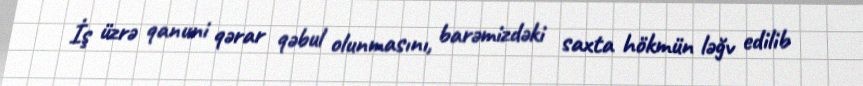
İş üzrə qanuni qərar qəbul olunmasını, barəmizdəki saxta hökmün ləğv edilib